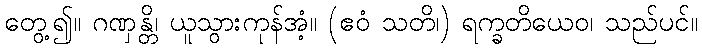
တွေ့၍။ ဂဏှန္တိ၊ ယူသွားကုန်အံ့။ (ဧဝံ သတိ၊) ရက္ခတိယေဝ၊ သည်ပင်။